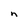
Character: n